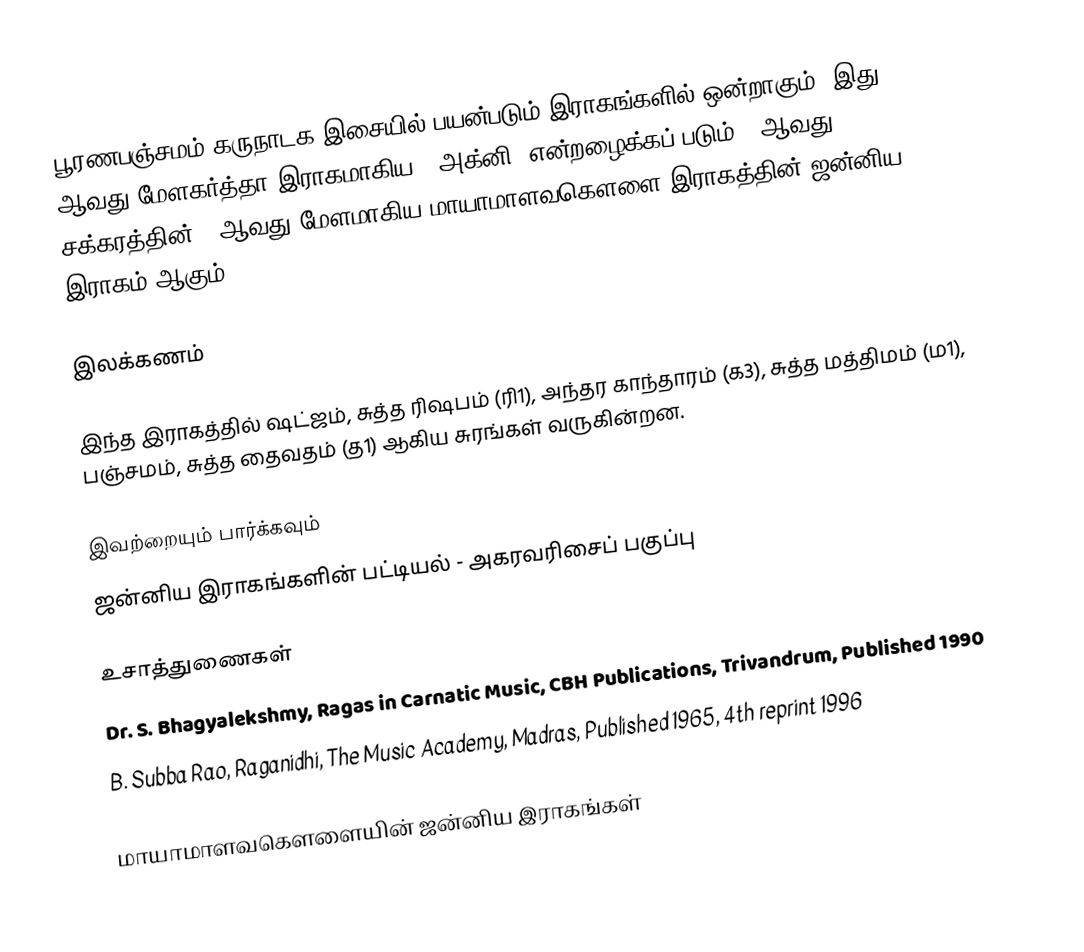
பூரணபஞ்சமம் கருநாடக இசையில் பயன்படும் இராகங்களில் ஒன்றாகும். இது 15 ஆவது மேளகர்த்தா இராகமாகிய, "அக்னி" என்றழைக்கப் படும் 3 ஆவது சக்கரத்தின் 3 ஆவது மேளமாகிய மாயாமாளவகௌளை இராகத்தின் ஜன்னிய இராகம் ஆகும்.

இலக்கணம்

இந்த இராகத்தில் ஷட்ஜம், சுத்த ரிஷபம் (ரி1),  அந்தர காந்தாரம் (க3), சுத்த மத்திமம் (ம1), பஞ்சமம்,  சுத்த தைவதம் (த1) ஆகிய சுரங்கள் வருகின்றன.

இவற்றையும் பார்க்கவும்
 ஜன்னிய இராகங்களின் பட்டியல் - அகரவரிசைப் பகுப்பு

உசாத்துணைகள்
 Dr. S. Bhagyalekshmy, Ragas in Carnatic Music, CBH Publications, Trivandrum, Published 1990
 B. Subba Rao, Raganidhi, The Music Academy, Madras, Published 1965, 4th reprint 1996

மாயாமாளவகௌளையின் ஜன்னிய இராகங்கள்